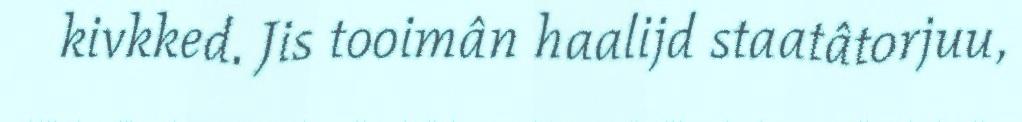
kivkked. Jis tooimân haalijd staatâtorjuu,